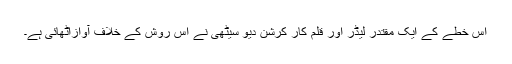
اس خطے کے ایک مقتدر لیڈر اور قلم کار کرشن دیو سیٹھی نے اس روش کے خلاف آوازاٹھائی ہے۔